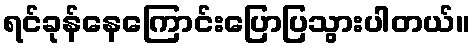
ရင်ခုန်နေကြောင်းပြောပြသွားပါတယ်။